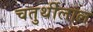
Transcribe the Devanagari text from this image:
चतुर्थीलाल